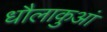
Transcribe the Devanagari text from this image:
धौलाकुआं